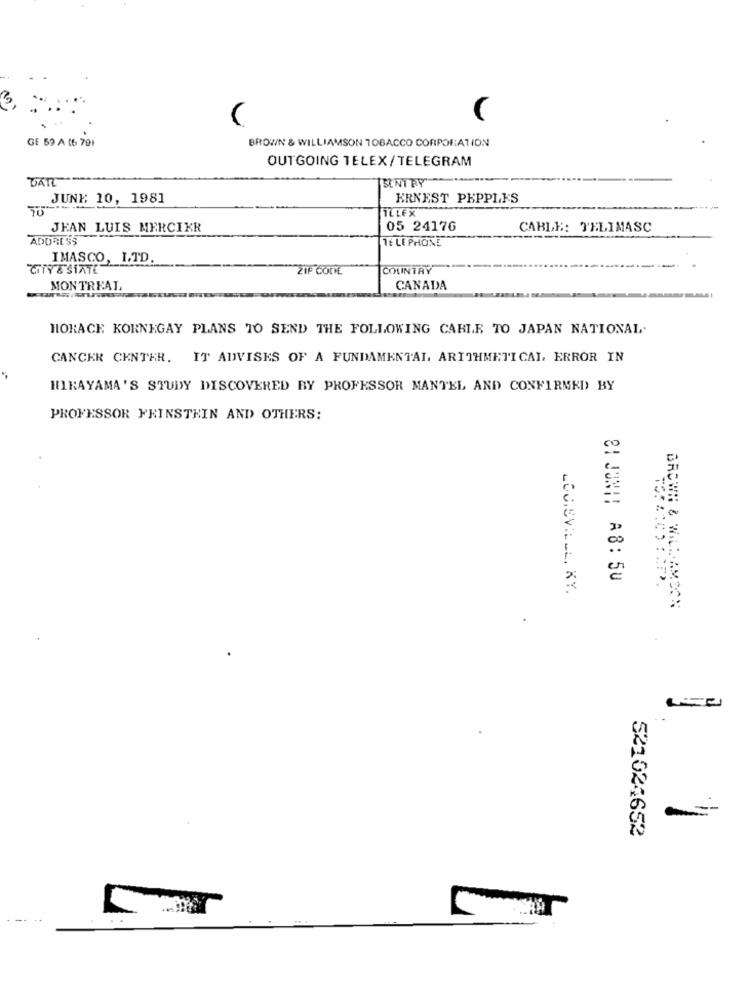
(
GE 59 A 16 79F
BROWN & WILLIAMSON TOBACCO CORPORATION
OUTGOING TELEX/TELEGRAM
ISENT RY
JUNE 10, 1981
ERNEST PEPPLES
ILLEX
JEAN LUIS MERCIKR
05 24176
CABLE: TELIMASC
ADDRESS
TELE PHONE
IMASCO, LTD.
GIYESIATE
COUNTRY
MONTREAL
CANADA
HORACE KORNEGAY PLANS TO SEND THE FOLLOWING CABLE TO JAPAN NATIONAL.
CANCER CENTER. IT ADVISKS OF A FUNDAMENTAL ARITHMETICAL, ERROR IN
HIKAYAMA'S STUDY DISCOVERED BY PROFESSOR MANTEL AND CONFIRMED BY
PROFESSOR FEINSTEIN AND OTHERS:
81 JUNI! A8: 50
LOC.SVILLL. KY.
BROWN & WALDDAMOON
521024652